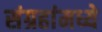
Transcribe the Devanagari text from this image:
संग्रहांमध्ये